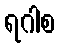
ရဂါစ